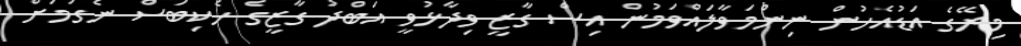
މިރޭގެ އަޑުއެހުން ނިންމަވާލައްވަމުން އިސް ގާޒީ ވިދާޅުވީ އަބްދު ގާޒީގެ ހެކިބަސް ނެގުމަށް